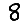
Digit: 8